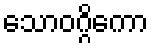
သောဝဂ္ဂိကော